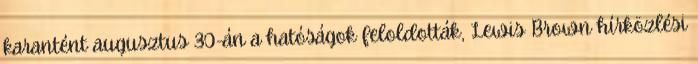
karantént augusztus 30-án a hatóságok feloldották, Lewis Brown hírközlési